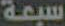
سبعة